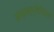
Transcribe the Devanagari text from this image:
अन्तर्प्रेशिय